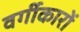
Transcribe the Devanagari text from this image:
वर्गीकारों